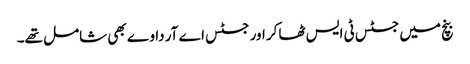
بنچ میں جسٹس ٹی ایس ٹھاکر اور جسٹس اے آر داوے بھی شامل تھے۔